Reports on dispensaries and lunatic asylums in the Province of Oudh - 1869-1876
Year: 1869
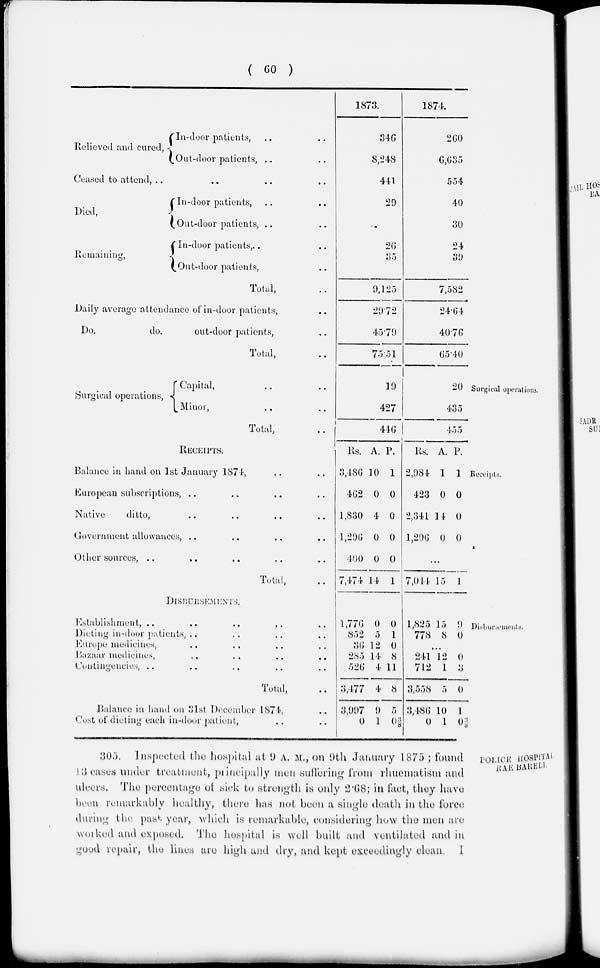
( 60 )
Relieved and cured,
In-door patients, .. ..
Out-door patients, .. ..
Ceased to attend, .. .. .. ..
Died,
Remaining,
In-door patients, .. ..
Out-door patients, .. ..
In-door patients, .. ..
Out-door patients, ..
Total, ..
Daily average attendance of in-door patients, ..
Do.
do.
out-door patients, ..
Total, ..
1873.
346
8,248
441
29
.
26
35
9,125
29.72
45.79
75.51
1874
260
6,635
554
40
30
24
39
7,582
24.64
40.76
65.40
Surgical operations.
Surgical operations,
Capital, .. ..
Minor, .. ..
Total, ..
19
427
446
20
435
455
Receipts.
RECEIPTS.
Balance in hand on 1st January 1874, .. ..
European subscriptions, .. .. .. ..
Native
ditto, .. .. .. ..
Government allowances, .. .. .. ..
Other sources, .. .. .. .. ..
Total, ..
Rs
3,486
462
1,830
1,296
400
7,474
A.
10
0
4
0
0
14
P.
1
0
0
0
0
1
Rs.
2,984
423
2,341
1,296
A.
1
0
14
0
P.
1
0
0
0
...
7,044 15 1
Disbursements.
DISBURSEMENTS.
Estahlishment, .. .. .. .. ..
Dieting in-door patients, .. .. .. ..
Europe medicines, .. .. .. ..
Bazaar medicines, .. .. .. ..
Contingencies, .. .. .. .. ..
Total, ..
Balance in hand on 31st December 1874, ..
Cost of dieting each in-door patient, .. ..
1,776
852
36
285
526
3,477
3,997
0
0
5
12
14
4
4
9
1
0
1
0
8
11
8
5
03/8
1,825
778
15
8
9
0
...
241
712
3,558
3,486
0
12
1
5
10
1
0
3
0
1
03/8
POLICE HOSPITAL
RAE BARELI.
305. Inspected the hospital at 9 A. M., on 9th January 1875 ; found
13 cases under treatment, principally men suffering from rhuematism and
ulcers. The percentage of sick to strength is only 2.68; in fact, they have
been remarkably healthy, there has not been a single death in the force
during the past year, which is remarkable, considering how the men are
worked and exposed. The hospital is well built and ventilated and in
good repair, the lines are high and dry, and kept exceedingly clean.